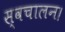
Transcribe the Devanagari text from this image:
स्वचालन।